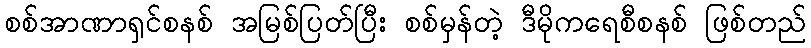
စစ်အာဏာရှင်စနစ် အမြစ်ပြတ်ပြီး စစ်မှန်တဲ့ ဒီမိုကရေစီစနစ် ဖြစ်တည်